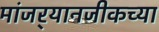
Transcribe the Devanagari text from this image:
मांजर्‍यानजीकच्या